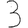
Digit: 3